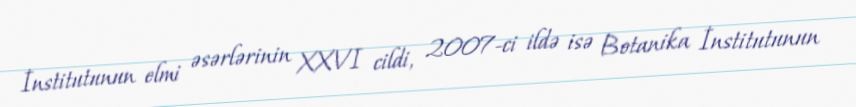
İnstitutunun elmi əsərlərinin XXVI cildi, 2007-ci ildə isə Botanika İnstitutunun